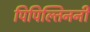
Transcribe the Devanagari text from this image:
पिपिल्तिननी